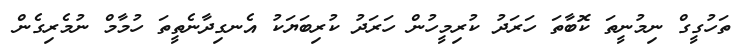
ތަހުގީގް ނިމުނީތަ ކޮބާތަ ހަރަދު ކުރިމީހުން ހަރަދު ކުރިބަޔަކު އެނގިދާނެތީތަ ހުމާމް ނުމެރިގެން